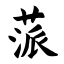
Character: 蒎